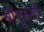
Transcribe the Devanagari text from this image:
श्रीगुरूंची